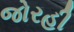
જોરહી